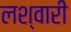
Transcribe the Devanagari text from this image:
लश्वारी